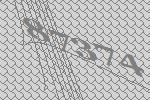
87374